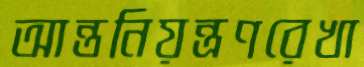
আন্তনিয়ন্ত্রণরেখা